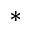
^ { * }